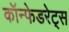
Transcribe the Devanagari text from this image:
कॉन्फेडरेट्स